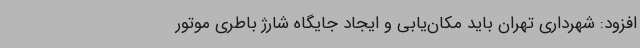
افزود: شهرداری تهران باید مکان‌یابی و ایجاد جایگاه شارژ باطری موتور